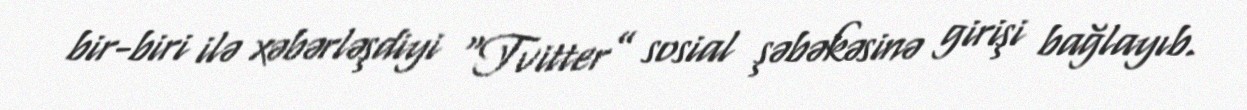
bir-biri ilə xəbərləşdiyi “Tvitter” sosial şəbəkəsinə girişi bağlayıb.